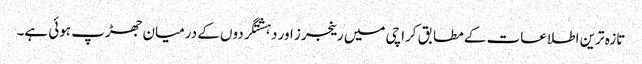
تازہ ترین اطلاعات کے مطابق کراچی میں رینجرز اور دہشتگردوں کے درمیان جھڑپ ہوئی ہے۔